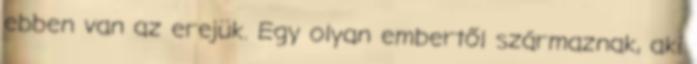
ebben van az erejük. Egy olyan embertől származnak, aki